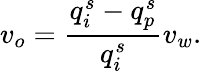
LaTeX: v_{o}=\frac{q_{i}^{s}-q_{p}^{s}}{q_{i}^{s}}v_{w}.